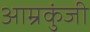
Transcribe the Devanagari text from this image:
आम्रकुंजी